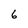
Character: 6